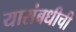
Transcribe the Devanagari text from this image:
यासंबधीची